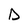
Character: D